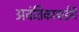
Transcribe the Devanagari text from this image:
अवंतिकाबाईंनी